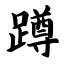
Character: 蹲